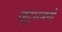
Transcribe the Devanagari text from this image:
वृद्धजनो